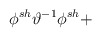
\begin{align*}\phi ^{sh}\vartheta ^{-1}\phi ^{sh}+\protect\end{align*}